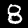
Digit: 8